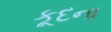
કૂદના